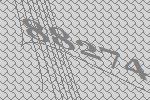
88274